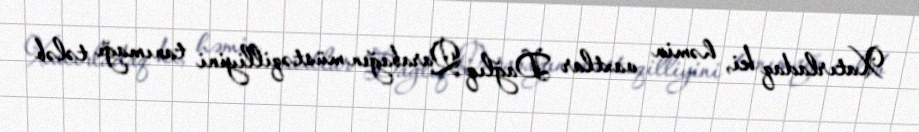
Xatırladaq ki, həmin vaxtlar Dağlıq Qarabağın müstəqilliyini tanımağı tələb